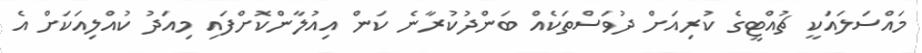
މައްސަލައަކީ ޗުއްޓީގެ ކުރިއަށް ދުވަސްތަކެއް ބަންދުކުރާނެ ކަން އިއުލާންކޮށްފައި މިއަދު ކުއްލިއަކަށް އެ